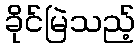
ခိုင်မြဲသည့်